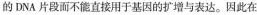
的DNA片段而不能直接用于基因的扩增与表达。因此在